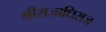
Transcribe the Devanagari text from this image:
श्रीराजाधिराज